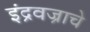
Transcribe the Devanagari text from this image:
इंद्रवज्राचे